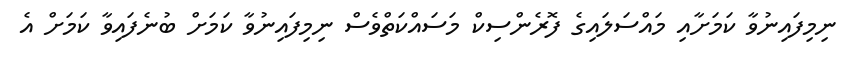
ނިމިފައިނުވާ ކަމަށާއި މައްސަލައިގެ ފޮރެންސިކް މަސައްކަތްވެސް ނިމިފައިނުވާ ކަމަށް ބުނެފައިވާ ކަމަށް އެ